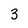
Character: 3